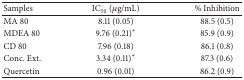
<table><thead><tr><td><b>Samples</b></td><td><b>IC<sub>50</sub> (μg/mL)</b></td><td><b>% Inhibition</b></td></tr></thead><tbody><tr><td>MA 80</td><td>8.11 (0.05)</td><td>88.5 (0.5)</td></tr><tr><td>MDEA 80</td><td>9.76 (0.21)*</td><td>85.9 (0.9)</td></tr><tr><td>CD 80</td><td>7.96 (0.18)</td><td>86.1 (0.8)</td></tr><tr><td>Conc. Ext.</td><td>3.34 (0.11)*</td><td>87.3 (0.6)</td></tr><tr><td>Quercetin</td><td>0.96 (0.01)</td><td>86.2 (0.9)</td></tr></tbody></table>